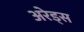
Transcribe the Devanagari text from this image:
अरेड्स